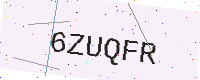
Text: 6ZUQFR